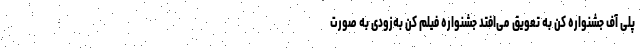
پلی آف جشنواره کن به تعویق می‌افتد جشنواره فیلم کن به‌زودی به صورت